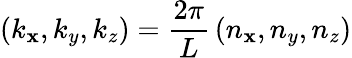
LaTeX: \left(k_{\mathbf{x}},k_{y},k_{z}\right)={\frac{{2\pi}}{{L}}}\left(n_{\mathbf{x}},n_{y},n_{z}\right)